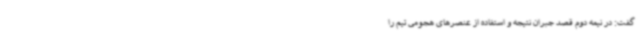
گفت: در نیمه دوم قصد جبران نتیجه و استفاده از عنصرهای هجومی تیم را